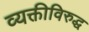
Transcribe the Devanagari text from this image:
व्यक्तीविरुद्ध